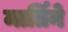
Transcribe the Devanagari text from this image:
मार्तिने